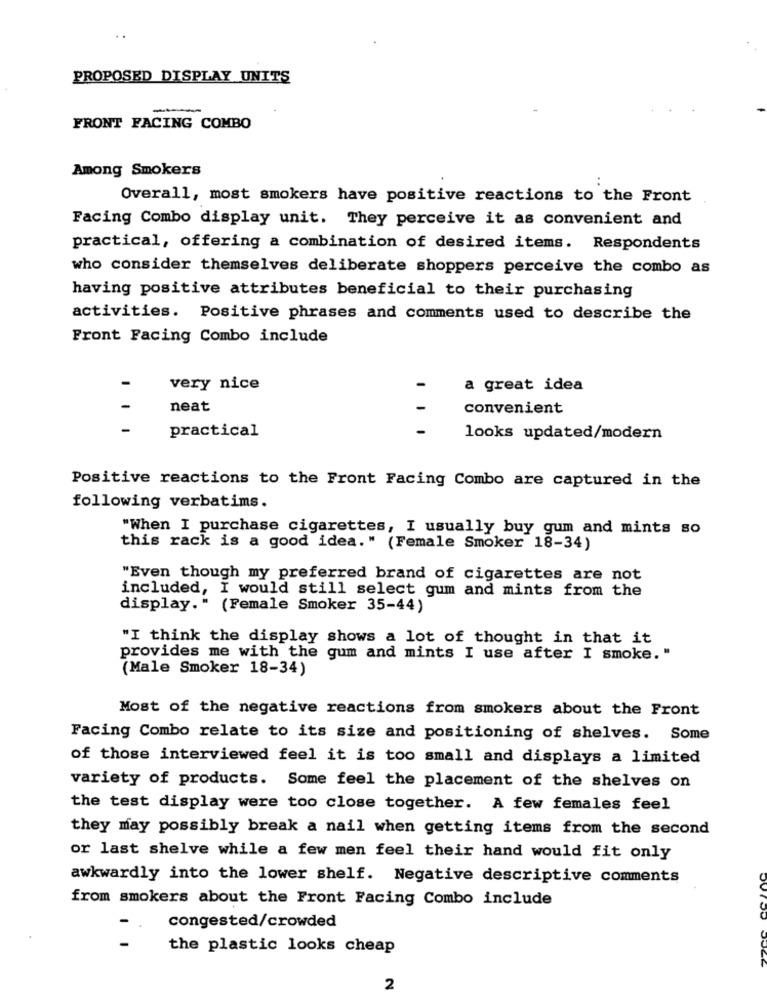
PROPOSED DISPLAY UNITS
-
-
FRONT FACING COMBO
Among Smokers
Overall, most smokers have positive reactions to the Front
Facing Combo display unit. They perceive it as convenient and
practical, offering a combination of desired items. Respondents
who consider themselves deliberate shoppers perceive the combo as
having positive attributes beneficial to their purchasing
activities. Positive phrases and comments used to describe the
Front Facing Combo include
very nice
a great idea
neat
convenient
-
practical
looks updated/modern
Positive reactions to the Front Facing Combo are captured in the
following verbatims.
"When I purchase cigarettes, I usually buy gum and mints so
this rack is a good idea." (Female Smoker 18-34)
"Even though my preferred brand of cigarettes are not
included, I would still select gum and mints from the
display." (Female Smoker 35-44)
"I think the display shows a lot of thought in that it
provides me with the gum and mints I use after I smoke. "
(Male Smoker 18-34)
Most of the negative reactions from smokers about the Front
Facing Combo relate to its size and positioning of shelves. Some
of those interviewed feel it is too small and displays a limited
variety of products. Some feel the placement of the shelves on
the test display were too close together. A few females feel
they may possibly break a nail when getting items from the second
or last shelve while a few men feel their hand would fit only
awkwardly into the lower shelf. Negative descriptive comments
from smokers about the Front Facing Combo include
congested/crowded
the plastic looks cheap
2